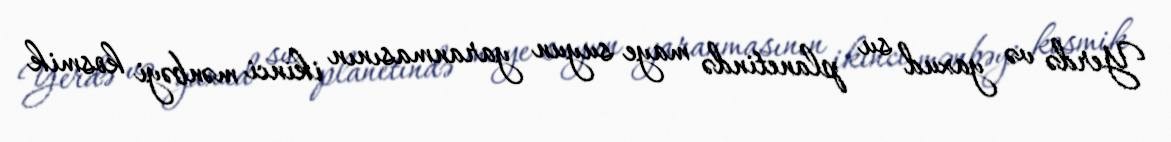
Yerdə və yaxud su planetində maye suyun yaranmasının ikinci mənbəyi kosmik